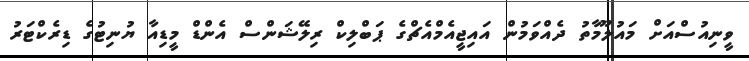
ވީނިއުސްއަށް މައުލޫމާތު ދެއްވަމުން އައިޖީއެމްއެޗްގެ ޕަބްލިކް ރިލޭޝަންސް އެންޑް މީޑިއާ ޔުނިޓުގެ ޑިރެކްޓަރު